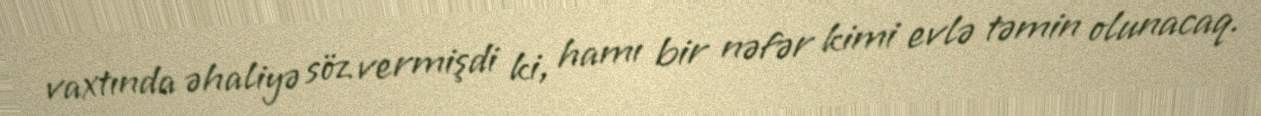
vaxtında əhaliyə söz vermişdi ki, hamı bir nəfər kimi evlə təmin olunacaq.